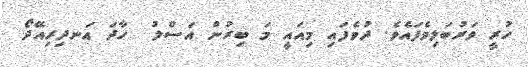
ހުރީ ވަރުބަލިވެފައެވެ. ދުވެފައި މިއައީ މަ ބިރުން އަސްލު  ހާދަ އަނދިރިއޭދޯ